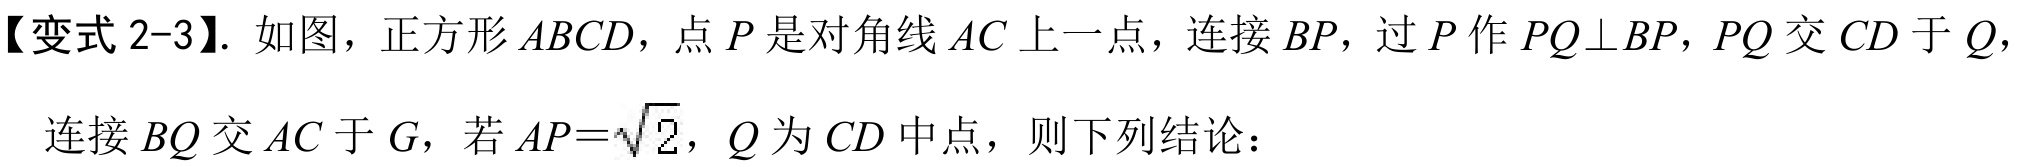
【变式 2-3】. 如图，正方形 \(ABCD\)，点 \(P\) 是对角线 \(AC\) 上一点，连接 \(BP\)，过 \(P\) 作 \(PQ\perp BP\)，\(PQ\) 交 \(CD\) 于 \(Q\)，
连接 \(BQ\) 交 \(AC\) 于 \(G\)，若 \(AP = \sqrt{2}\)，\(Q\) 为 \(CD\) 中点，则下列结论：